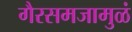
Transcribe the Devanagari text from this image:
गैरसमजामुळं